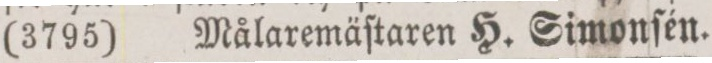
(3795) Målaremäſtaren H. Simonſén.